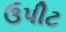
ઉપીટ